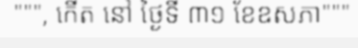
""", កើត នៅ ថ្ងៃទី ៣១ ខែឧសភា"""